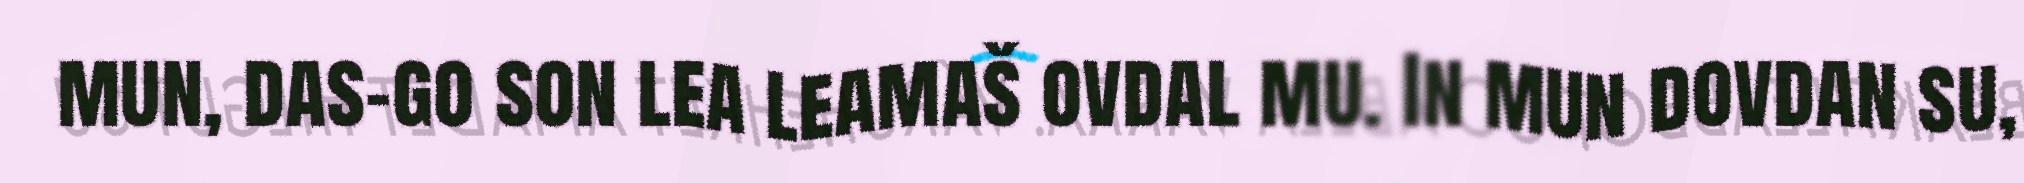
mun, das-go son lea leamaš ovdal mu. In mun dovdan su,